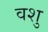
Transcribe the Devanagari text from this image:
वशु